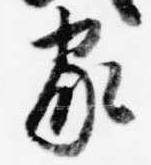
家